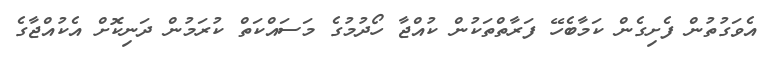
އެވަގުތުން ފެށިގެން ކަމާބެހޭ ފަރާތްތަކުން ކުއްޖާ ހޯދުމުގެ މަސައްކަތް ކުރަމުން ދަނިކޮށް އެކުއްޖާގެ